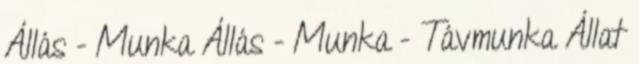
Állás - Munka Állás - Munka - Távmunka Állat